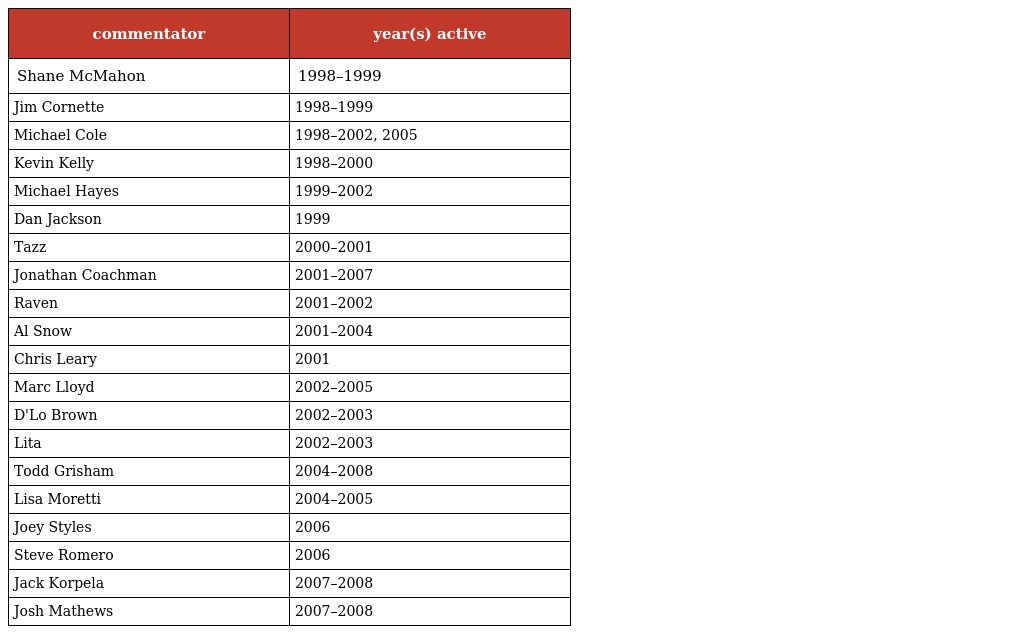
| commentator | year(s) active |
 | --- | --- |
 | Shane McMahon | 1998–1999 |
 | Jim Cornette | 1998–1999 |
 | Michael Cole | 1998–2002, 2005 |
 | Kevin Kelly | 1998–2000 |
 | Michael Hayes | 1999–2002 |
 | Dan Jackson | 1999 |
 | Tazz | 2000–2001 |
 | Jonathan Coachman | 2001–2007 |
 | Raven | 2001–2002 |
 | Al Snow | 2001–2004 |
 | Chris Leary | 2001 |
 | Marc Lloyd | 2002–2005 |
 | D'Lo Brown | 2002–2003 |
 | Lita | 2002–2003 |
 | Todd Grisham | 2004–2008 |
 | Lisa Moretti | 2004–2005 |
 | Joey Styles | 2006 |
 | Steve Romero | 2006 |
 | Jack Korpela | 2007–2008 |
 | Josh Mathews | 2007–2008 |